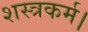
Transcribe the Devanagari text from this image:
शस्त्रकर्म।